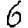
Digit: 6